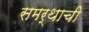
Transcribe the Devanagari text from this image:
समर्थाची